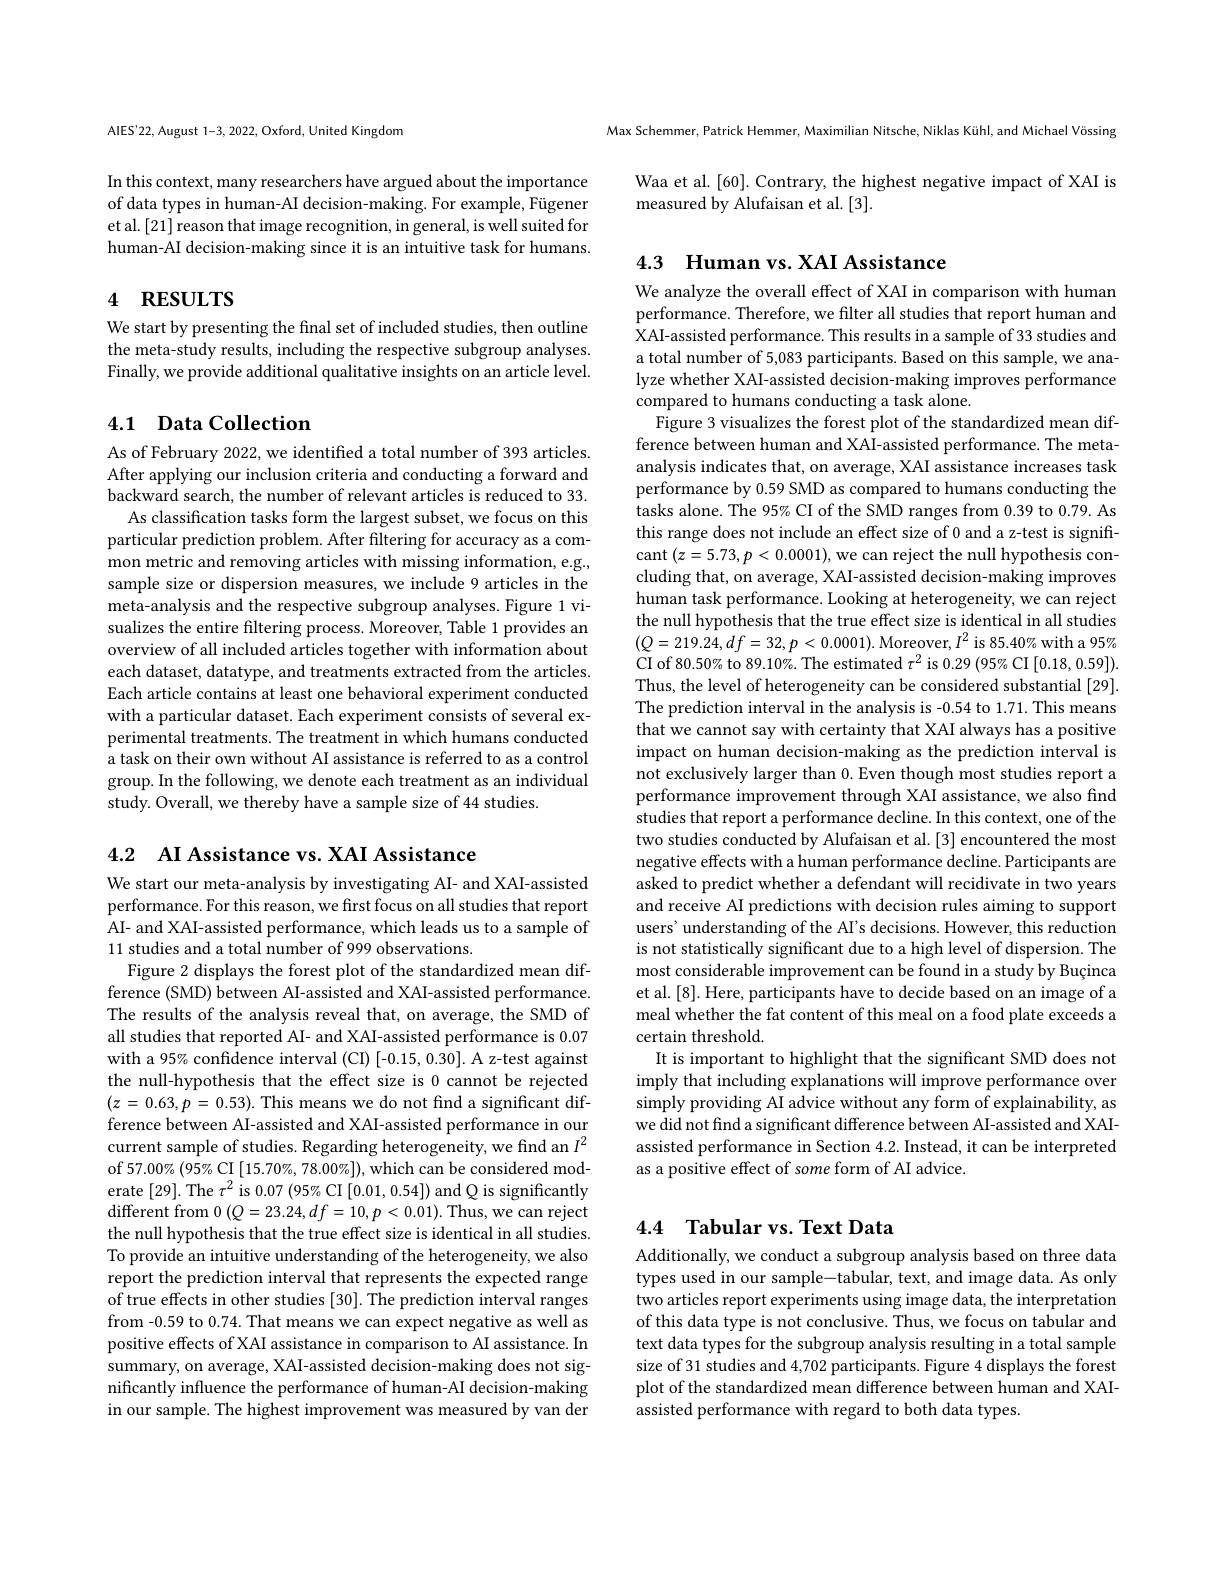
AlES'22, August 1-3, 2022, Oxford, United Kingdom

In this context, many researchers have argued about the importance of data types in human-AI decision-making. For example, Fügener et al. [21] reason that image recognition, in general, is well suited for human-AI decision-making since it is an intuitive task for humans.

# 4 RESULTS

We start by presenting the final set of included studies, then outline the meta-study results, including the respective subgroup analyses. Finally, we provide additional qualitative insights on an article level.

## 4.1 Data Collection

As of February 2022, we identified a total number of 393 articles. After applying our inclusion criteria and conducting a forward and backward search, the number of relevant articles is reduced to 33.
As classification tasks form the largest subset, we focus on this particular prediction problem. After filtering for accuracy as a com- $\hat{\text{mon metric and removing articles with missing information, e.g.}}$, sample size or dispersion measures, we include 9 articles in the meta-analysis and the respective subgroup analyses. Figure 1 visualizes the entire filtering process. Moreover, Table 1 provides an overview of all included articles together with information about each dataset, datatype, and treatments extracted from the articles. Each article contains at least one behavioral experiment conducted with a particular dataset. Each experiment consists of several experimental treatments. The treatment in which humans conducted a task on their own without AI assistance is referred to as a control group. In the following, we denote each treatment as an individual study. Overall, we thereby have a sample size of 44 studies.

Max Schemmer, Patrick Hemmer, Maximilian Nitsche, Niklas Kühl, and Michael Vössing

Waa et al.[60]. Contrary, the highest negative impact of XAI is
measured by Alufaisan et al. [3].

4.3 Human vs. XAI Assistance

We analyze the overall effect of XAI in comparison with human performance. Therefore, we filter all studies that report human and XAI-assisted performance. This results in a sample of 33 studies and a total number of 5,083 participants. Based on this sample, we analyze whether XAI-assisted decision-making improves performance compared to humans conducting a task alone.
Figure 3 visualizes the forest plot of the standardized mean difference between human and XAI-assisted performance. The metaanalysis indicates that, on average, XAI assistance increases task performance by 0.59 SMD as compared to humans conducting the tasks alone. The 95% CI of the SMD ranges from 0.39 to 0.79. As this range does not include an effect size of 0 and a z-test is significant$\left(z=5.73,p<0.0001\right)$,we can reject the null hypothesis concluding that, on average, XAI-assisted decision-making improves human task performance. Looking at heterogeneity, we can reject the null hypothesis that the true effect size is identical in all studies $(Q=219.24,df=32,p<0.0001).$Moreover,$I^2$ is 85.40% with a 95% $\mathrm{CI~of~80.50%~to~89.10\%.~The~estimated~}\tau^{2}$ is 0.29$( 95\%$CI [ 0. 18, 0. 59] ) Thus, the level of heterogeneity can be considered substantial [29]. The prediction interval in the analysis is -0.54 to 1.71. This means that we cannot say with certainty that XAI always has a positive impact on human decision-making as the prediction interval is not exclusively larger than 0. Even though most studies report a performance improvement through XAI assistance, we also find studies that report a performance decline. In this context, one of the two studies conducted by Alufaisan et al. [3] encountered the most negative effects with a human performance decline. Participants are asked to predict whether a defendant will recidivate in two years and receive AI predictions with decision rules aiming to support users' understanding of the AI's decisions. However, this reduction is not statistically significant due to a high level of dispersion. The most considerable improvement can be found in a study by Buçinca et al.[8]. Here, participants have to decide based on an image of a meal whether the fat content of this meal on a food plate exceeds a certain threshold.
It is important to highlight that the significant SMD does not imply that including explanations will improve performance over simply providing AI advice without any form of explainability, as we did not find a significant difference between AI-assisted and XAIassisted performance in Section 4.2. Instead, it can be interpreted as a positive effect of some form of AI advice.

## 4.4 Tabular vs. Text Data

Additionally, we conduct a subgroup analysis based on three data types used in our sample-tabular, text, and image data. As only two articles report experiments using image data, the interpretation of this data type is not conclusive. Thus, we focus on tabular and text data types for the subgroup analysis resulting in a total sample size of 31 studies and 4,702 participants. Figure 4 displays the forest plot of the standardized mean difference between human and XAIassisted performance with regard to both data types.

4.2 AI Assistance vs. XAI Assistance
We start our meta-analysis by investigating AI- and XAI-assisted performance. For this reason, we first focus on all studies that report AI- and XAI-assisted performance, which leads us to a sample of 11 studies and a total number of 999 observations.
Figure 2 displays the forest plot of the standardized mean difference (SMD) between AI-assisted and XAI-assisted performance. The results of the analysis reveal that, on average, the SMD of all studies that reported AI- and XAI-assisted performance is 0.07 with a 95% confidence interval (CI) [-0.15, 0.30]. A z-test against the null-hypothesis that the effect size is 0 cannot be rejected $(z=0.63,p=0.53).$ This means we do not find a significant difference between AI-assisted and XAI-assisted performance in our current sample of studies. Regarding heterogeneity, we find an $I^2$ of 57.00% (95% CI $[15.70\%,78.00\%])$, which can be considered moderate [29]. The $\tau^2$ is 0.07 (95% CI [0.01,0.54]) and Q is significantly $\operatorname{different}$ from $0\left(Q=23.24,df=10,p<0.01\right).$ Thus, we can reject the null hypothesis that the true effect size is identical in all studies. To provide an intuitive understanding of the heterogeneity, we also report the prediction interval that represents the expected range of true effects in other studies [30]. The prediction interval ranges from -0.59 to 0.74. That means we can expect negative as well as positive effects of XAI assistance in comparison to AI assistance. In summary, on average, XAI-assisted decision-making does not significantly influence the performance of human-AI decision-making in our sample. The highest improvement was measured by van der